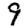
Digit: 9